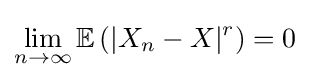
\lim _{n\to \infty }\mathbb {E} \left(|X_{n}-X|^{r}\right)=0